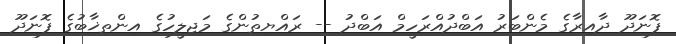
ފޮނަދޫ ދާއިރާގެ މެންބަރު އަބްދުއްރަހީމް އަބްދު -- ރައްޔިތުންގެ މަޖިލީހުގެ އިންތިޚާބުގެ ފޮނަދޫ